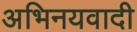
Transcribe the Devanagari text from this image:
अभिनयवादी